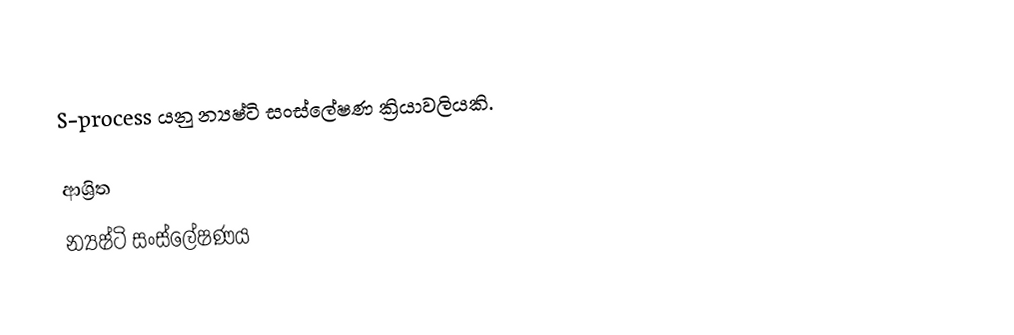
S-process යනු න්‍යෂ්ටි සංස්ලේෂණ ක්‍රියාවලියකි.

ආශ්‍රිත
 න්‍යෂ්ටි සංස්ලේෂණය